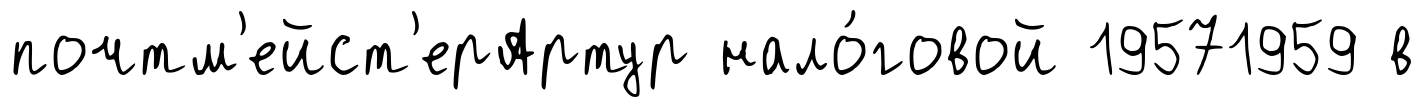
почтм'ейст'ерАртур нало́говой 19571959 в